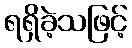
ရရှိခဲ့သဖြင့်